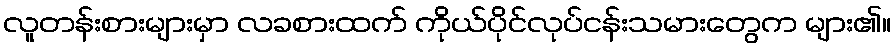
လူတန်းစားများမှာ လခစားထက် ကိုယ်ပိုင်လုပ်ငန်းသမားတွေက များ၏။